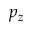
p _ { z }